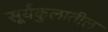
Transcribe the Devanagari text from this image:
सूर्यकुलातील